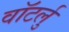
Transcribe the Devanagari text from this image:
वॉटर्लु